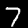
Digit: 7